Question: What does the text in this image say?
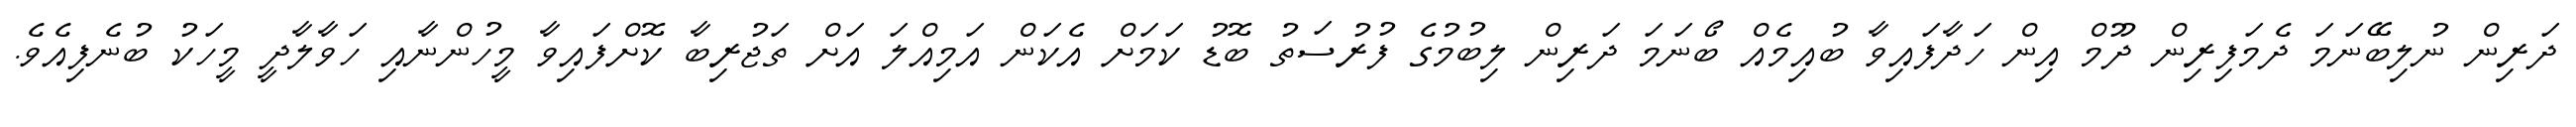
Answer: ދަރިން ނުލިބޭނަމަ ދެމަފިރިން ދޫމް އިން ހަދާފައިވާ ބުއިމެއް ބޯނަމަ ދަރިން ލިބުމުގެ ފުރުސަތު ބޮޑު ކަމަށް އެކަން އަމިއްލަ އަށް ތަޖުރިބާ ކޮށްފައިވާ މީހުންނާއި ހަވާލާދީ މީހަކު ބުނެފިއެވެ.